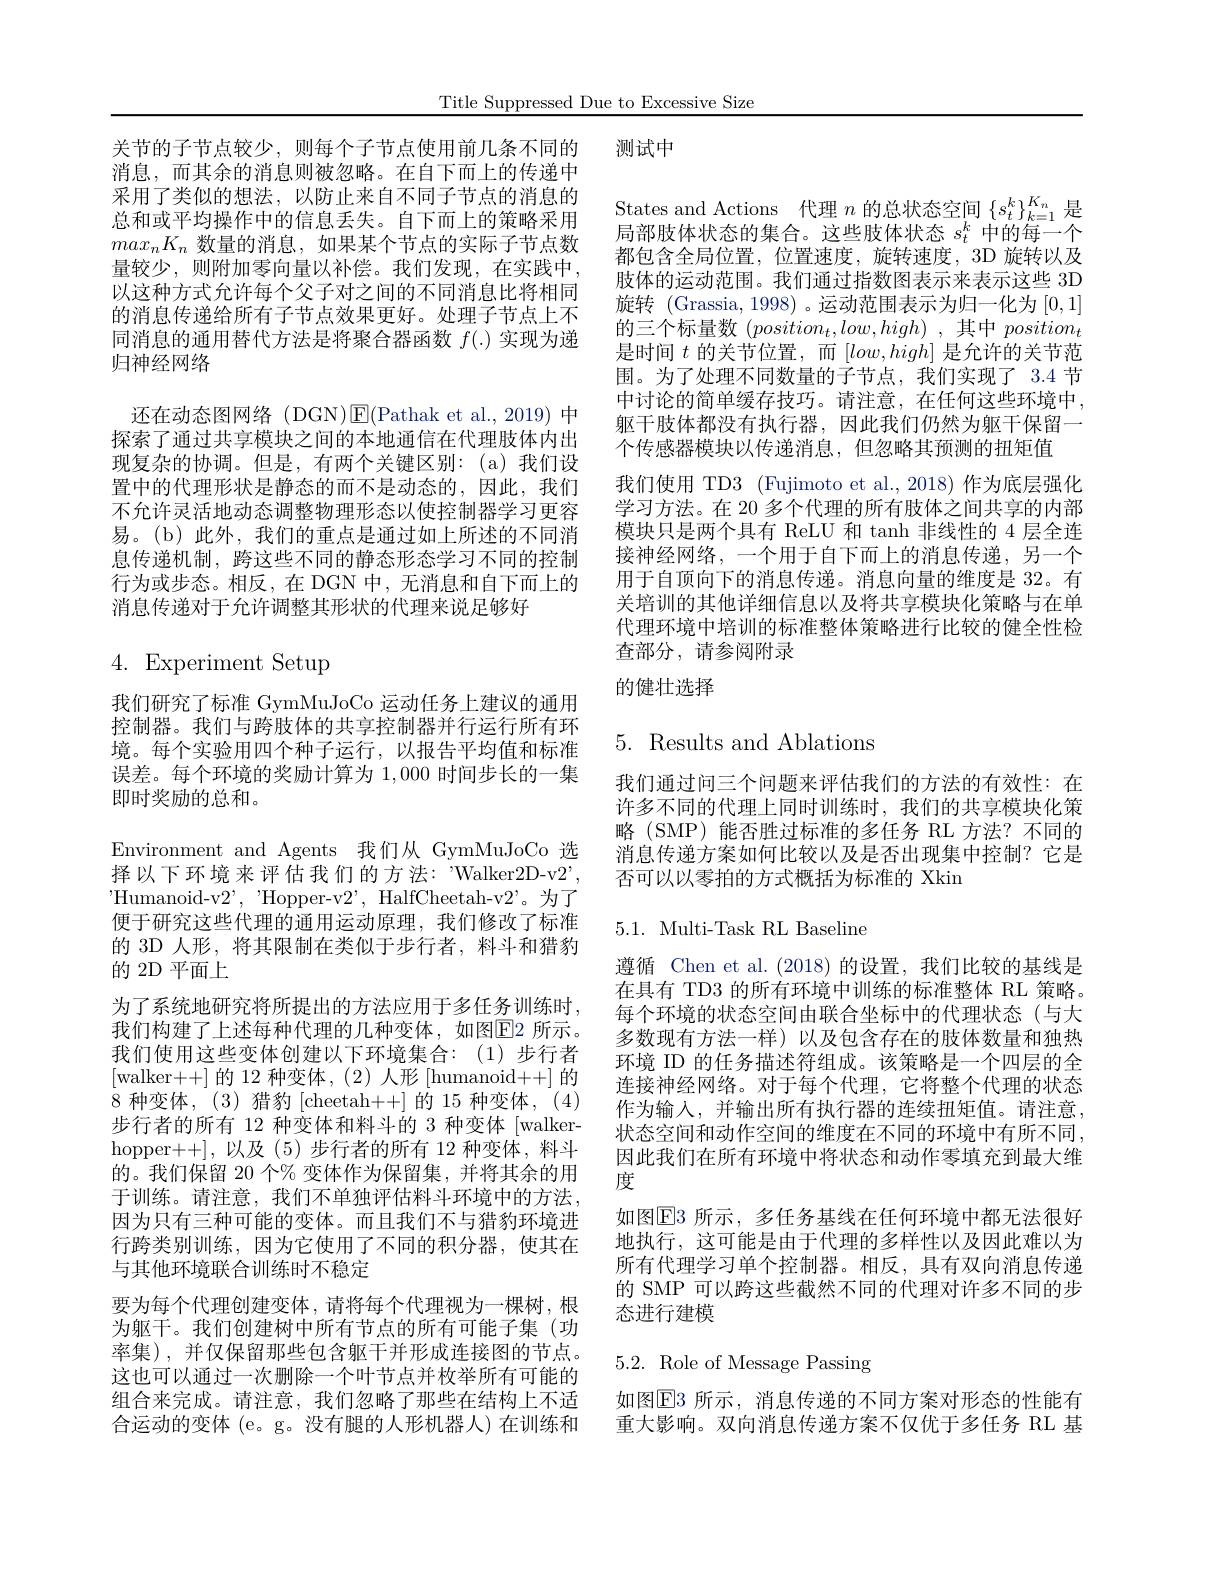
Title Suppressed Due to Excessive Size

关节的子节点较少，则每个子节点使用前几条不同的 测试中

消息，而其余的消息则被忽略。在自下而上的传递中采用了类似的想法，以防止来自不同子节点的消息的总和或平均操作中的信息丢失。自下而上的策略采用$max_nK_n$数量的消息，如果某个节点的实际子节点数量较少，则附加零向量以补偿。我们发现，在实践中， 以这种方式允许每个父子对之间的不同消息比将相同的消息传递给所有子节点效果更好。处理子节点上不同消息的通用替代方法是将聚合器函数$f(.)$实现为递归神经网络
还在动态图网络 (DGN)$\operatorname{E}($Pathak et al.,2019)中探索了通过共享模块之间的本地通信在代理肢体内出现复杂的协调。但是，有两个关键区别：(a)我们设置中的代理形状是静态的而不是动态的，因此，我们不允许灵活地动态调整物理形态以使控制器学习更容易。(b)此外，我们的重点是通过如上所述的不同消息传递机制，跨这些不同的静态形态学习不同的控制行为或步态。相反，在 DGN 中，无消息和自下而上的消息传递对于允许调整其形状的代理来说足够好

States and Actions 代理$n$的总状态空间$\{s_t^k\}_{k=1}^{K_n}$是局部肢体状态的集合。这些肢体状态$s_t^k$中的每一个都包含全局位置，位置速度，旋转速度，3D 旋转以及肢体的运动范围。我们通过指数图表示来表示这些 3D 旋转 (Grassia, 1998)。运动范围表示为归一化为[0,1] 的三个标量数 $( position_t, low, high)$ ,其中 $position_t$ 是时间$t$的关节位置，而$[low,high]$是允许的关节范围。为了处理不同数量的子节点，我们实现了 3.4 节中讨论的简单缓存技巧。请注意，在任何这些环境中， 躯干肢体都没有执行器，因此我们仍然为躯干保留一个传感器模块以传递消息，但忽略其预测的扭矩值
我们使用 TD3 (Fujimoto et al., 2018) 作为底层强化学习方法。在 20 多个代理的所有肢体之间共享的内部模块只是两个具有 ReLU 和 tanh 非线性的 4 层全连接神经网络，一个用于自下而上的消息传递，另一个用于自顶向下的消息传递。消息向量的维度是 32。有关培训的其他详细信息以及将共享模块化策略与在单代理环境中培训的标准整体策略进行比较的健全性检查部分，请参阅附录

# 4. Experiment Setup

## 的健壮选择

## $5.{\mathrm{~Results~and~Ablations}}$

我们通过问三个问题来评估我们的方法的有效性：在许多不同的代理上同时训练时，我们的共享模块化策略 (SMP)能否胜过标准的多任务 RL 方法？不同的消息传递方案如何比较以及是否出现集中控制？它是否可以以零拍的方式概括为标准的 Xkin

5.1. Multi-Task RL Baseline

我们研究了标准 GymMuJoCo 运动任务上建议的通用控制器。我们与跨肢体的共享控制器并行运行所有环境。每个实验用四个种子运行，以报告平均值和标准误差。每个环境的奖励计算为1，000时间步长的一集即时奖励的总和。
Environment and Agents 我们从 GymMuJoCo 选择以下环境来评估我们的方法："Walker2D-v2', $^{\prime }$Humanoid- v$2^{\prime }$, " Hopper- v$2^{\prime }$, HalfCheetah- v$2^{\prime }$。为 了 便于研究这些代理的通用运动原理，我们修改了标准的 3D 人形，将其限制在类似于步行者，料斗和猎豹的 2D 平面上
为了系统地研究将所提出的方法应用于多任务训练时， 我们构建了上述每种代理的几种变体，如图$\boxed{\mathrm{F}}$2 所示。我们使用这些变体创建以下环境集合：(1)步行者[walker++] 的 12 种变体，(2) 人形 [humanoid++] 的8 种变体，(3) 猎豹 [cheetah++] 的 15 种变体，(4) 步行者的所有 12 种变体和料斗的 3 种变体 [walkerhopper++],以及 (5)步行者的所有 12 种变体，料斗的。我们保留 20 个% 变体作为保留集，并将其余的用于训练。请注意，我们不单独评估料斗环境中的方法， 因为只有三种可能的变体。而且我们不与猎豹环境进行跨类别训练，因为它使用了不同的积分器，使其在与其他环境联合训练时不稳定
要为每个代理创建变体，请将每个代理视为一棵树，根为躯干。我们创建树中所有节点的所有可能子集(功率集),并仅保留那些包含躯干并形成连接图的节点。这也可以通过一次删除一个叶节点并枚举所有可能的组合来完成。请注意，我们忽略了那些在结构上不适合运动的变体 (e。g。没有腿的人形机器人)在训练和

遵循 Chen et al.(2018)的设置，我们比较的基线是在具有 TD3 的所有环境中训练的标准整体 RL 策略。每个环境的状态空间由联合坐标中的代理状态(与大多数现有方法一样)以及包含存在的肢体数量和独热环境 ID 的任务描述符组成。该策略是一个四层的全连接神经网络。对于每个代理，它将整个代理的状态作为输入，并输出所有执行器的连续扭矩值。请注意， 状态空间和动作空间的维度在不同的环境中有所不同， 因此我们在所有环境中将状态和动作零填充到最大维度
如图$\overline{\mathrm{E}}$3 所示，多任务基线在任何环境中都无法很好地执行，这可能是由于代理的多样性以及因此难以为所有代理学习单个控制器。相反，具有双向消息传递的 SMP 可以跨这些截然不同的代理对许多不同的步态进行建模

# 5.2. Role of Message Passing

如图$\operatorname{E}$3 所示，消息传递的不同方案对形态的性能有重大影响。双向消息传递方案不仅优于多任务 RL 基